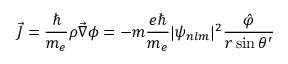
\vec { J } = \frac { \hbar } { m _ { e } } \rho \vec { \nabla } \phi = - m \frac { e \hbar } { m _ { e } } | \psi _ { n l m } | ^ { 2 } \frac { \hat { \varphi } } { r \sin \theta ^ { \prime } }